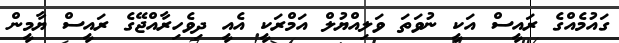
ގައުމެއްގެ ރައީސް އަކީ ނުވަތަ ވަލިއްޔުލް އަމްރަކީ އެއީ ދިވެހިރާއްޖޭގެ ރައީސް ޔާމީން